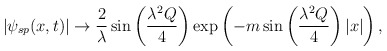
\begin{align*}|\psi_{sp}(x,t)|\rightarrow \frac{2}{\lambda}\sin\left(\frac{\lambda^{2}Q}{4}\right)\exp\left(-m\sin\left(\frac{\lambda^{2}Q}{4}\right)|x|\right),\end{align*}